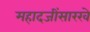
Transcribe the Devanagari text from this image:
महादजींसारखे